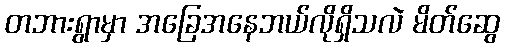
တဘားရွာမှာ အခြေအနေဘယ်လိုရှိသလဲ မိတ်ဆွေ